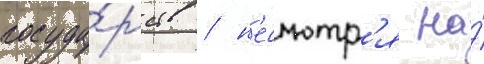
госуда́рств / н'есмотр'я на́